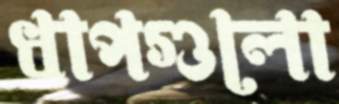
ধাপগুলো